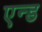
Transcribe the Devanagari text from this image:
एन्‍ड